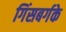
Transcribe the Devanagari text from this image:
गिंसबर्गके